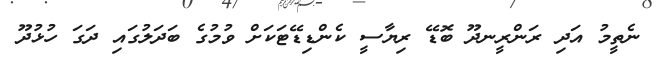
ނެތީމު އަދި ރަންރީނދޫ ބޮޑޭ ރިޔާސީ ކެންޑިޑޭޓަކަށް ވުމުގެ ބަދަލުގައި ދަގަ ހުޅުދޫ